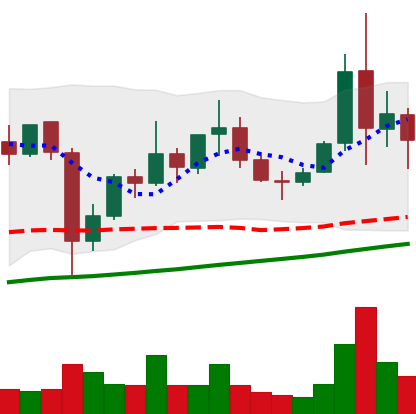
Ticker: XLM-USD
Chart end date: 2021-11-12
Forward return: -8.718%
Label: down_7plus